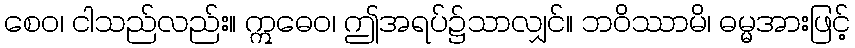
စေဝ၊ ငါသည်လည်း။ ဣဓေဝ၊ ဤအရပ်၌သာလျှင်။ ဘဝိဿာမိ၊ ဓမ္မအားဖြင့်